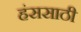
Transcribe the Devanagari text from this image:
हंससाठी